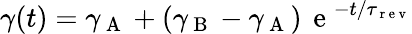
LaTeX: \gamma(t)=\gamma_{\mathrm{~A~}}+(\gamma_{\mathrm{~B~}}-\gamma_{\mathrm{~A~}})\, \mathrm{~e~}^{-t/\tau_{\mathrm{~r~e~v~}}}